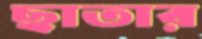
ছাতার